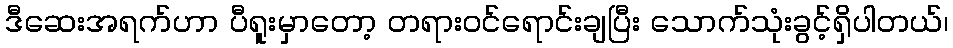
ဒီဆေးအရက်ဟာ ပီရူးမှာတော့ တရားဝင်ရောင်းချပြီး သောက်သုံးခွင့်ရှိပါတယ်၊